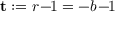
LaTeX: \mathbf { t } : = r \! - \! \! 1 = - b \! - \! \! 1